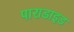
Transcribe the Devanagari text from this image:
पाराडाइड